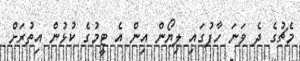
މެޗުގެ ދެ ވަނަ ހާފުގައި ލިޔޯން އިން އެ ޓީމުގެ ކުޅުން އިތުރަށް